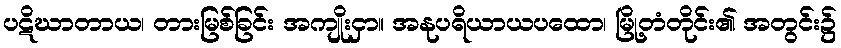
ပဋိဃာတာယ၊ တားမြစ်ခြင်း အကျိုးငှာ။ အနုပရိယာယပထော၊ မြို့တံတိုင်း၏ အတွင်း၌